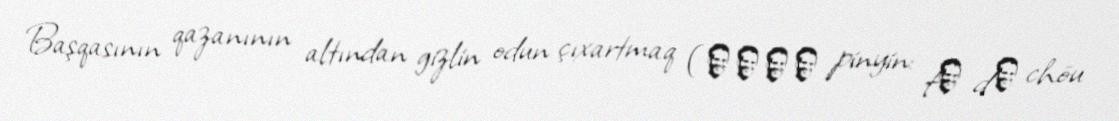
Başqasının qazanının altından gizlin odun çıxartmaq (釜底抽薪 pinyin: fǔ dǐ chōu